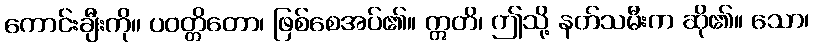
ကောင်းချီးကို။ ပဝတ္တိတော၊ ဖြစ်စေအပ်၏။ ဣတိ၊ ဤသို့ နတ်သမီးက ဆို၏။ သော၊